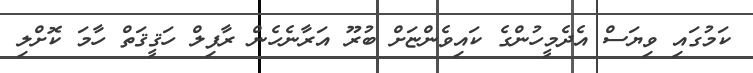
ކަމުގައި ވިޔަސް އެދެމީހުންގެ ކައިވެންޏަށް ބުރޫ އަރާނެހެން ރާފިލް ހަޤީޤަތް ހާމަ ކޮށްލި